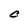
Character: C